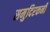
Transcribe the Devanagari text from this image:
समुदिरकनी